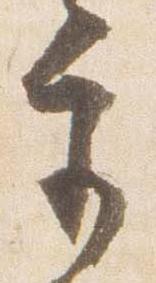
宮